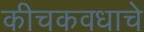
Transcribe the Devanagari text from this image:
कीचकवधाचे